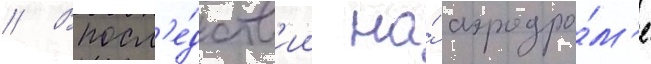
// Впосл'е́дств'ии на́ аэродро́м'е